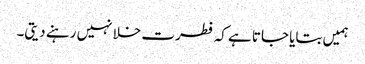
ہمیں بتایا جاتا ہے کہ فطرت خلا نہیں رہنے دیتی۔